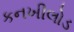
કનખીલોડ